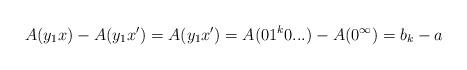
LaTeX: \begin{align*}A(y_1x) - A(y_1x') = A(y_1x') = A(01^k0...) - A(0^\infty) = b_k - a\end{align*}